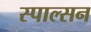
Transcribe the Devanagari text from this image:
स्पाल्सन